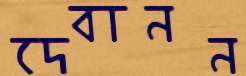
দেবানন